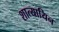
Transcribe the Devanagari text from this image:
शात्यायिन